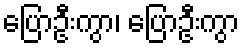
ပြောဦးကွာ၊ ပြောဦးကွာ